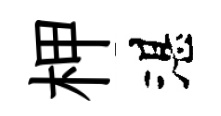
柙湛